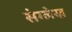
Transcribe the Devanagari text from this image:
संग्लेख